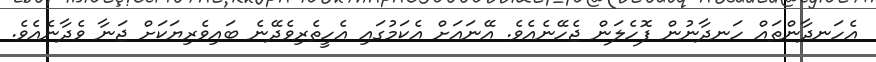
އެހަނދާންތައް ހަނދާނުން ފޮހެލަން ޖެހޭނެއެވެ. އޭނައަށް އެކަމުގައި އެހީތެރިވެދޭނެ ބައިވެރިޔަކަށް ޖަނާ ވެދާނެއެވެ.